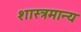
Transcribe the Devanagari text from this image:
शास्त्रमान्य